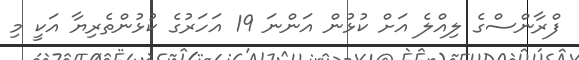
ފްރާންސްގެ ލިއްލެ އަށް ކުޅުން އަންނަ 19 އަހަރުގެ ކުޅުންތެރިޔާ އަކީ މި